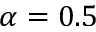
\alpha = 0 . 5